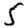
Digit: 5